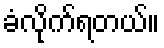
ခံလိုက်ရတယ်။